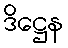
ဒိဋ္ဌေန